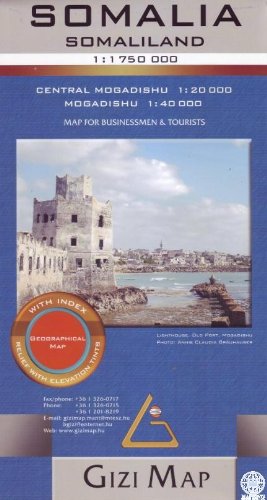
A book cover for Somalia Geographical Map 1:1,750,000 Gizi (English and German Edition); Gizi; Travel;